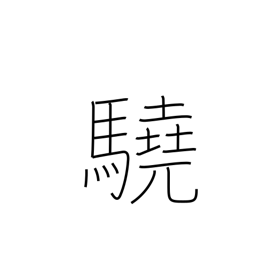
Meaning: ferocious